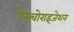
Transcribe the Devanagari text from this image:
पैस्चोराइजेशन